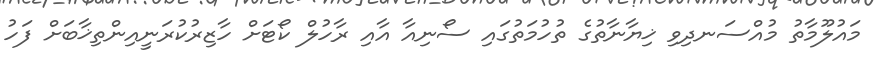
މައުލޫމާތު މުއްސަނދިވި ޚިޔާނާތުގެ ތުހުމަތުގައި ސޯނިއާ އާއި ރާހުލް ކޯޓަށް ހާޒިރުކުރަނީއިންތިޚާބަށް ފަހު